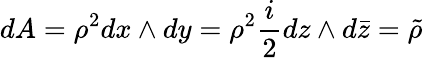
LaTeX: dA=\rho^{2}dx\wedge dy=\rho^{2}\frac{i}{2}dz\wedge d\bar{z}=\tilde{\rho}